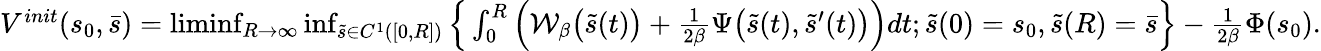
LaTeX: \begin{array}{r}{V^{init}({s}_{0},\bar{s})=\operatorname*{liminf}_{R\rightarrow\infty}\operatorname*{inf}_{\tilde{s}\in C^{1}([0,R])}\Big\{ \int_{0}^{R}\Big(\mathcal{W}_{\beta}\big(\tilde{s}(t)\big)+\frac{1}{2\beta}\Psi\big(\tilde{s}(t),\tilde{s}^{\prime}(t)\big)\Big)dt;\tilde{s}(0)={s}_{0},\tilde{s}(R)=\bar{s}\Big\} -\frac{1}{2\beta}\Phi(s_{0}).}\end{array}